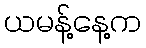
ယမန့်နေ့က